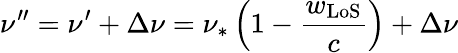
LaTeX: \nu^{\prime\prime}=\nu^{\prime}+\Delta\nu=\nu_{\ast}\left(1-\frac{w_{\mathrm{LoS}}}{c}\right)+\Delta\nu